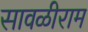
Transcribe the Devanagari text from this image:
सावळीराम